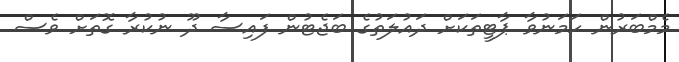
މެމްބަރުން ހަމަނުވާ ޕާޓީތަކަށް ދައުލަތުގެ ބަޖެޓުން ފައިސާ ދޫ ނުކުރާ ގޮތަށް ވެސް